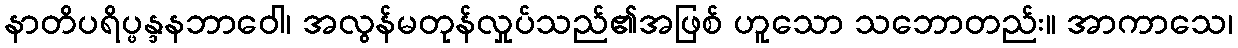
နာတိပရိပ္ဖန္ဒနဘာဝေါ၊ အလွန်မတုန်လှုပ်သည်၏အဖြစ် ဟူသော သဘောတည်း။ အာကာသေ၊